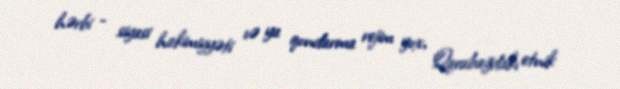
hərbi - siyasi hakimiyyəti və ya qondarma rejim yox, Qarabağdakı etnik